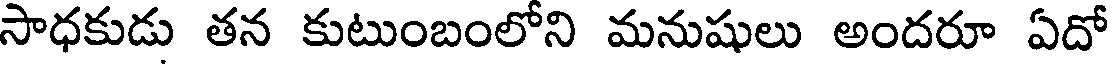
సాధకుడు తన కుటుంబంలోని మనుషులు అందరూ ఏదో